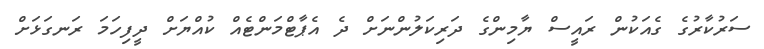
ސަރުކާރުގެ ގެއަކުން ރައީސް ޔާމިންގެ ދަރިކަލުންނަށް ދެ އެޕާޓްމަންޓެއް ކުއްޔަށް ދީފިހަމަ ރަނގަޅަށް